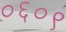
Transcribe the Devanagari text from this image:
०६०९